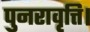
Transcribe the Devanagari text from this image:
पुनरावृत्ति।